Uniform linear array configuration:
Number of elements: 8
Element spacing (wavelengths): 0.5
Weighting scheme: cosine
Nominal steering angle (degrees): -45
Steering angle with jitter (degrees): -46.885
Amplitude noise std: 0.05
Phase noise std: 0.05

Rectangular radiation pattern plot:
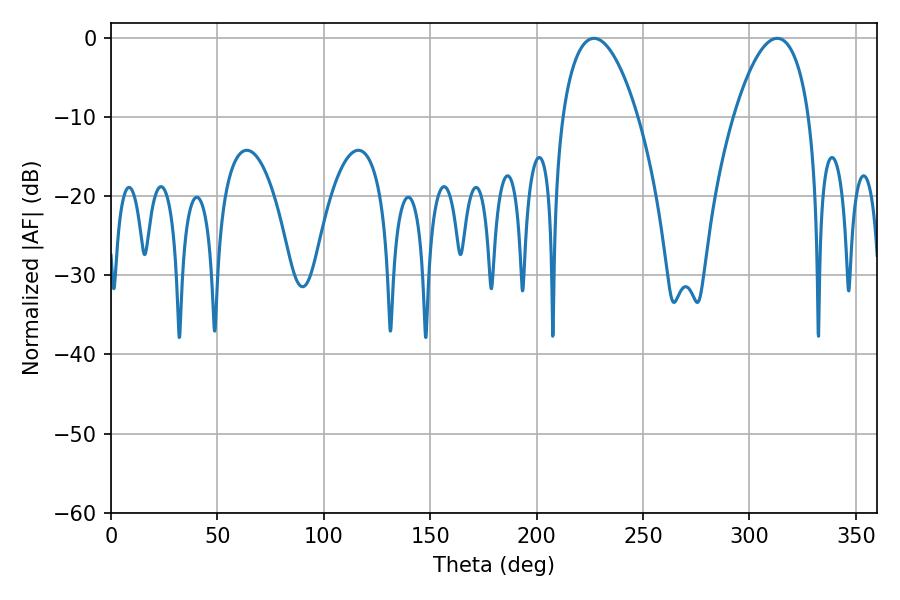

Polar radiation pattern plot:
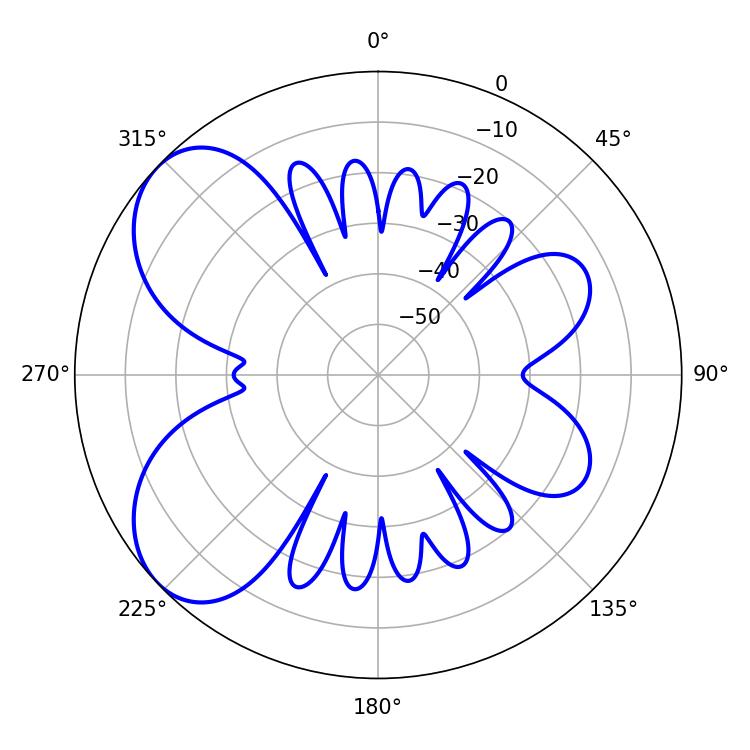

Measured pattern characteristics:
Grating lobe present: FALSE
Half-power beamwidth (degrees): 19.8
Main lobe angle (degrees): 226.98